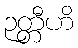
ဉတ္တီဟိ